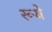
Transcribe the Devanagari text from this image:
रूये